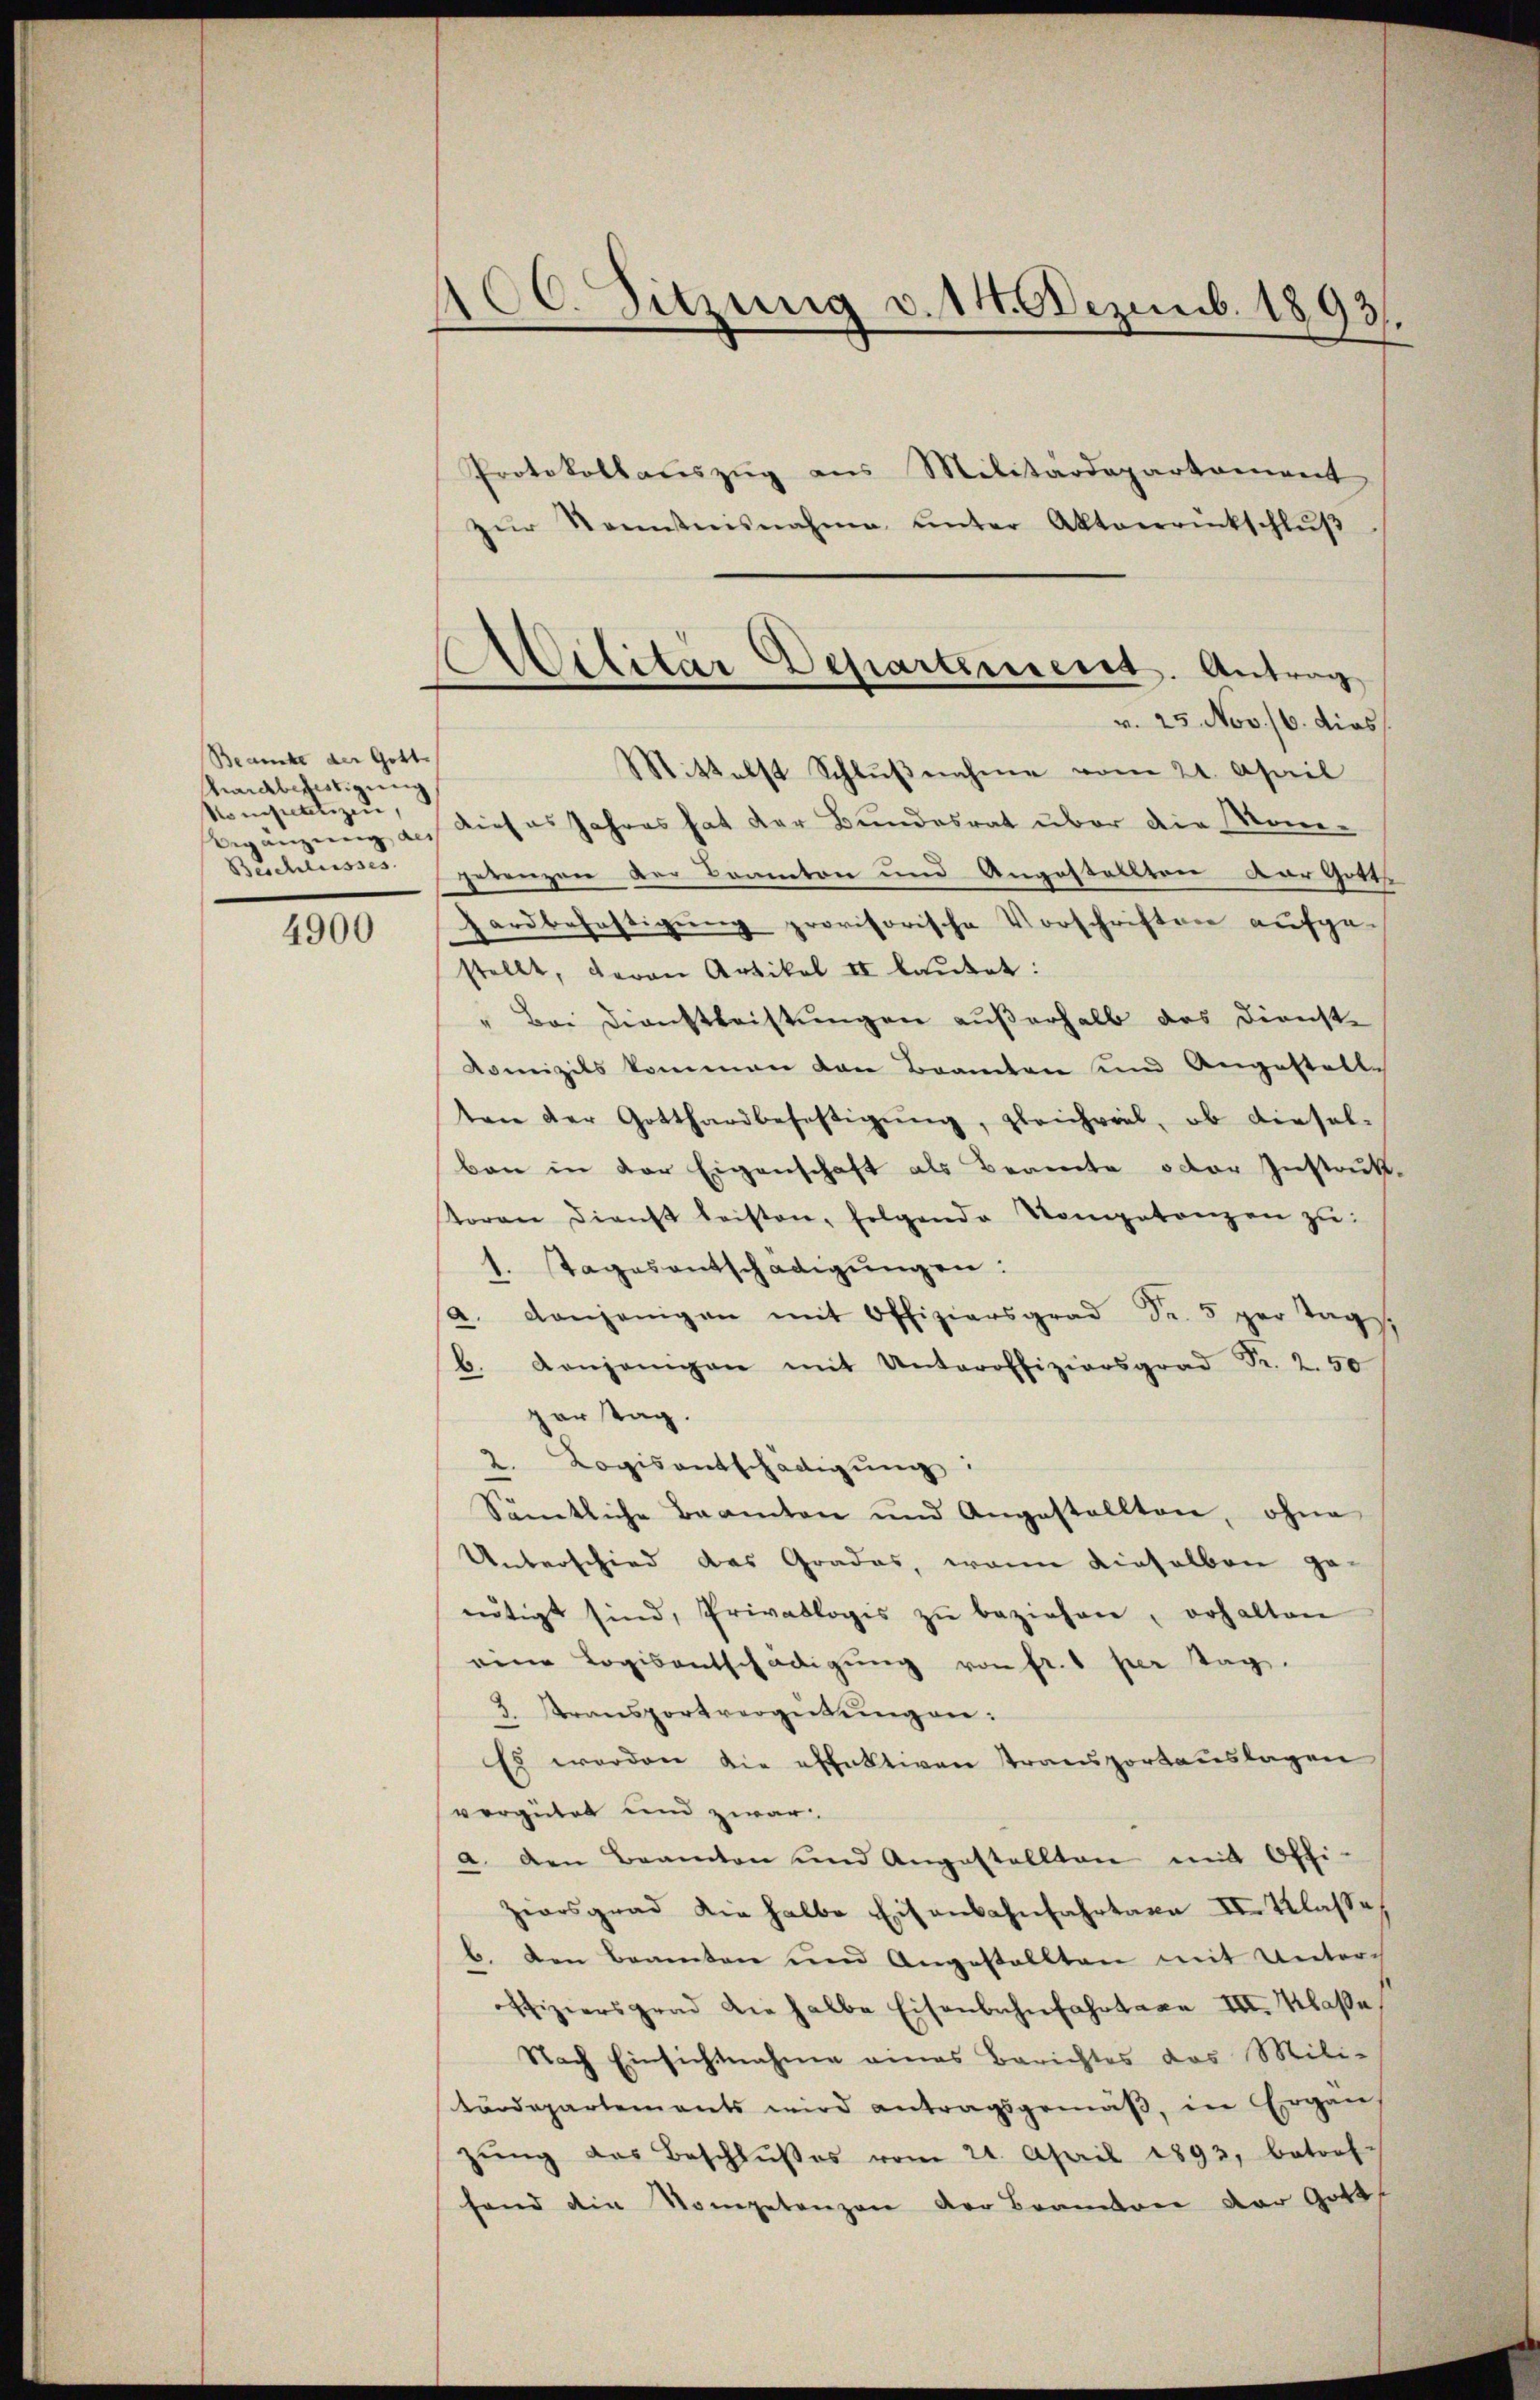
4900

Beamte der Gott.
Marcbefestigung
Nominatizen,
Begänzung des
Beschlusses.

100. Sitzung v. 14. Dezemb. 1893.
Protokollaŭszŭg ans Militärdepartament
zŭr Sennstensnahme unter Aktenrückschlŭβ

Ailitär Departement. Antrag
v. 25. Nov. 16. dies

Mittelst Schlŭβnahme vom 21. April
dieses Jahres hat der Bundesrat über die Mongerenzen der Branton und Angestellten Dar Gotts
hardbefestigung provisorische Vorschriften aufgestellt, davon Artikel II laŭtet:
" Bei Dienstleistungen außerhalb das Dienste
Komizils kommen von Beamten und Angestelle
ten der Gotthardbefestigŭng, gleichviel, ob diesel-
ben in der Eigenschaft als Beamte oder Instruk
toren dienst leisten, folgende Kompetenzen zŭ
1. Tages entschädigŭngen:
(a. denjenigen mit Offiziarsgrad Fr. 5 per Tag.
b. denjenigen mit Unteroffiziersgrad Fr. 2. 50
par Tag.
2. Logisantschädigŭng:
Sämtliche Beamten und Angestellten, ohne
Unterschied des Grades, wenn dieselben ge-
nŭtigt sind, Privatlogis zŭ beziehen, erhalten
eine Logisentschädigung von fr. 1 per Tag.
3. Transportvergütŭngen:
Es werden die effektiven Stransportauslagen
vergütet und zwar
a. den Beamten und Angestellten mit Offi-
Ziarsgrad die halbe Eisenbahnfahrtaxe II. Klasse
b. den Beamten und Angestellten mit Unter-
fiziersgrad die halbe Eisenbahnfahrtaxe III. Klaße
Nach Einsichtnahme eines Berichtes das Mili-
tärdepartements wird antragsgemäβ, in Ergän
zŭng des Beschlŭβes vom 21. April 1893, betrefhand die Kompetenzen der Brandree der Gott